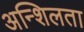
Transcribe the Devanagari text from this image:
अन्शिलता